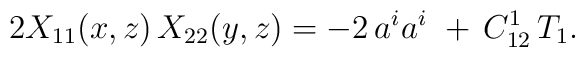
2X_{11}(x,z)\,X_{22}(y,z) = -2\,a^i a^i\ + \,C_{12}^1\,T_1.